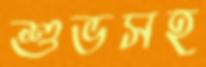
শুভসহ